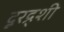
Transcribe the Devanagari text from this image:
दूरद्र्शी